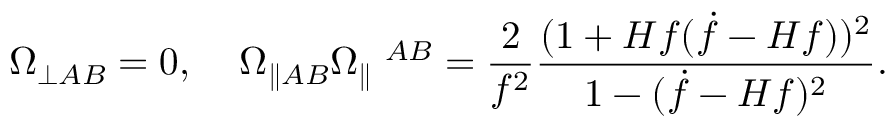
\Omega _ { \perp A B } = 0 , \; \; \; \; \Omega _ { \parallel A B } \Omega _ { \parallel } \; ^ { A B } = \frac { 2 } { f ^ { 2 } } \frac { ( 1 + H f ( \dot { f } - H f ) ) ^ { 2 } } { 1 - ( \dot { f } - H f ) ^ { 2 } } .